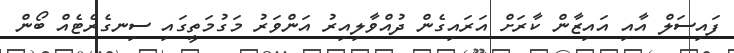
ފައިސަލް އާއި އައިޒާން ކާރަށް އަރައިގެން ދުއްވާލިއިރު އަންވަރު މަގުމަތީގައި ސިނގެރެޓެއް ބޯން